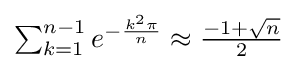
\textstyle \sum _{k=1}^{n-1}{e^{-{\frac {k^{2}\pi }{n}}}}\approx {\frac {-1+{\sqrt {n}}}{2}}